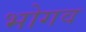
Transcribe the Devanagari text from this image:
भोगव